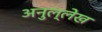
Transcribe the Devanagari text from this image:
अनुल्लेख